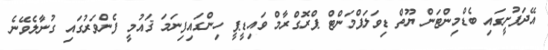
އޭދަފުށީގައި ބެޑްމިންޓަން ޔޫތް ޑިވަލަޕްމަންޓް ޕްރޮގްރާމް ވައިޑީޕީ ހިންގައިފިނަމަ ޤައުމީ ފެންވަރުގައި ގުނާލެވޭނެ